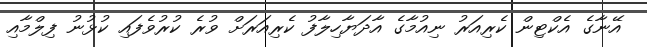
އޭނާގެ އެކްޓިން ކެރިއަރު ނިއުމާގެ އާދަޔާހިލާފު ކެރިއަރަށް ވުރެ ކުރުވެފައި ކުޅުނު ފިލްމާއި